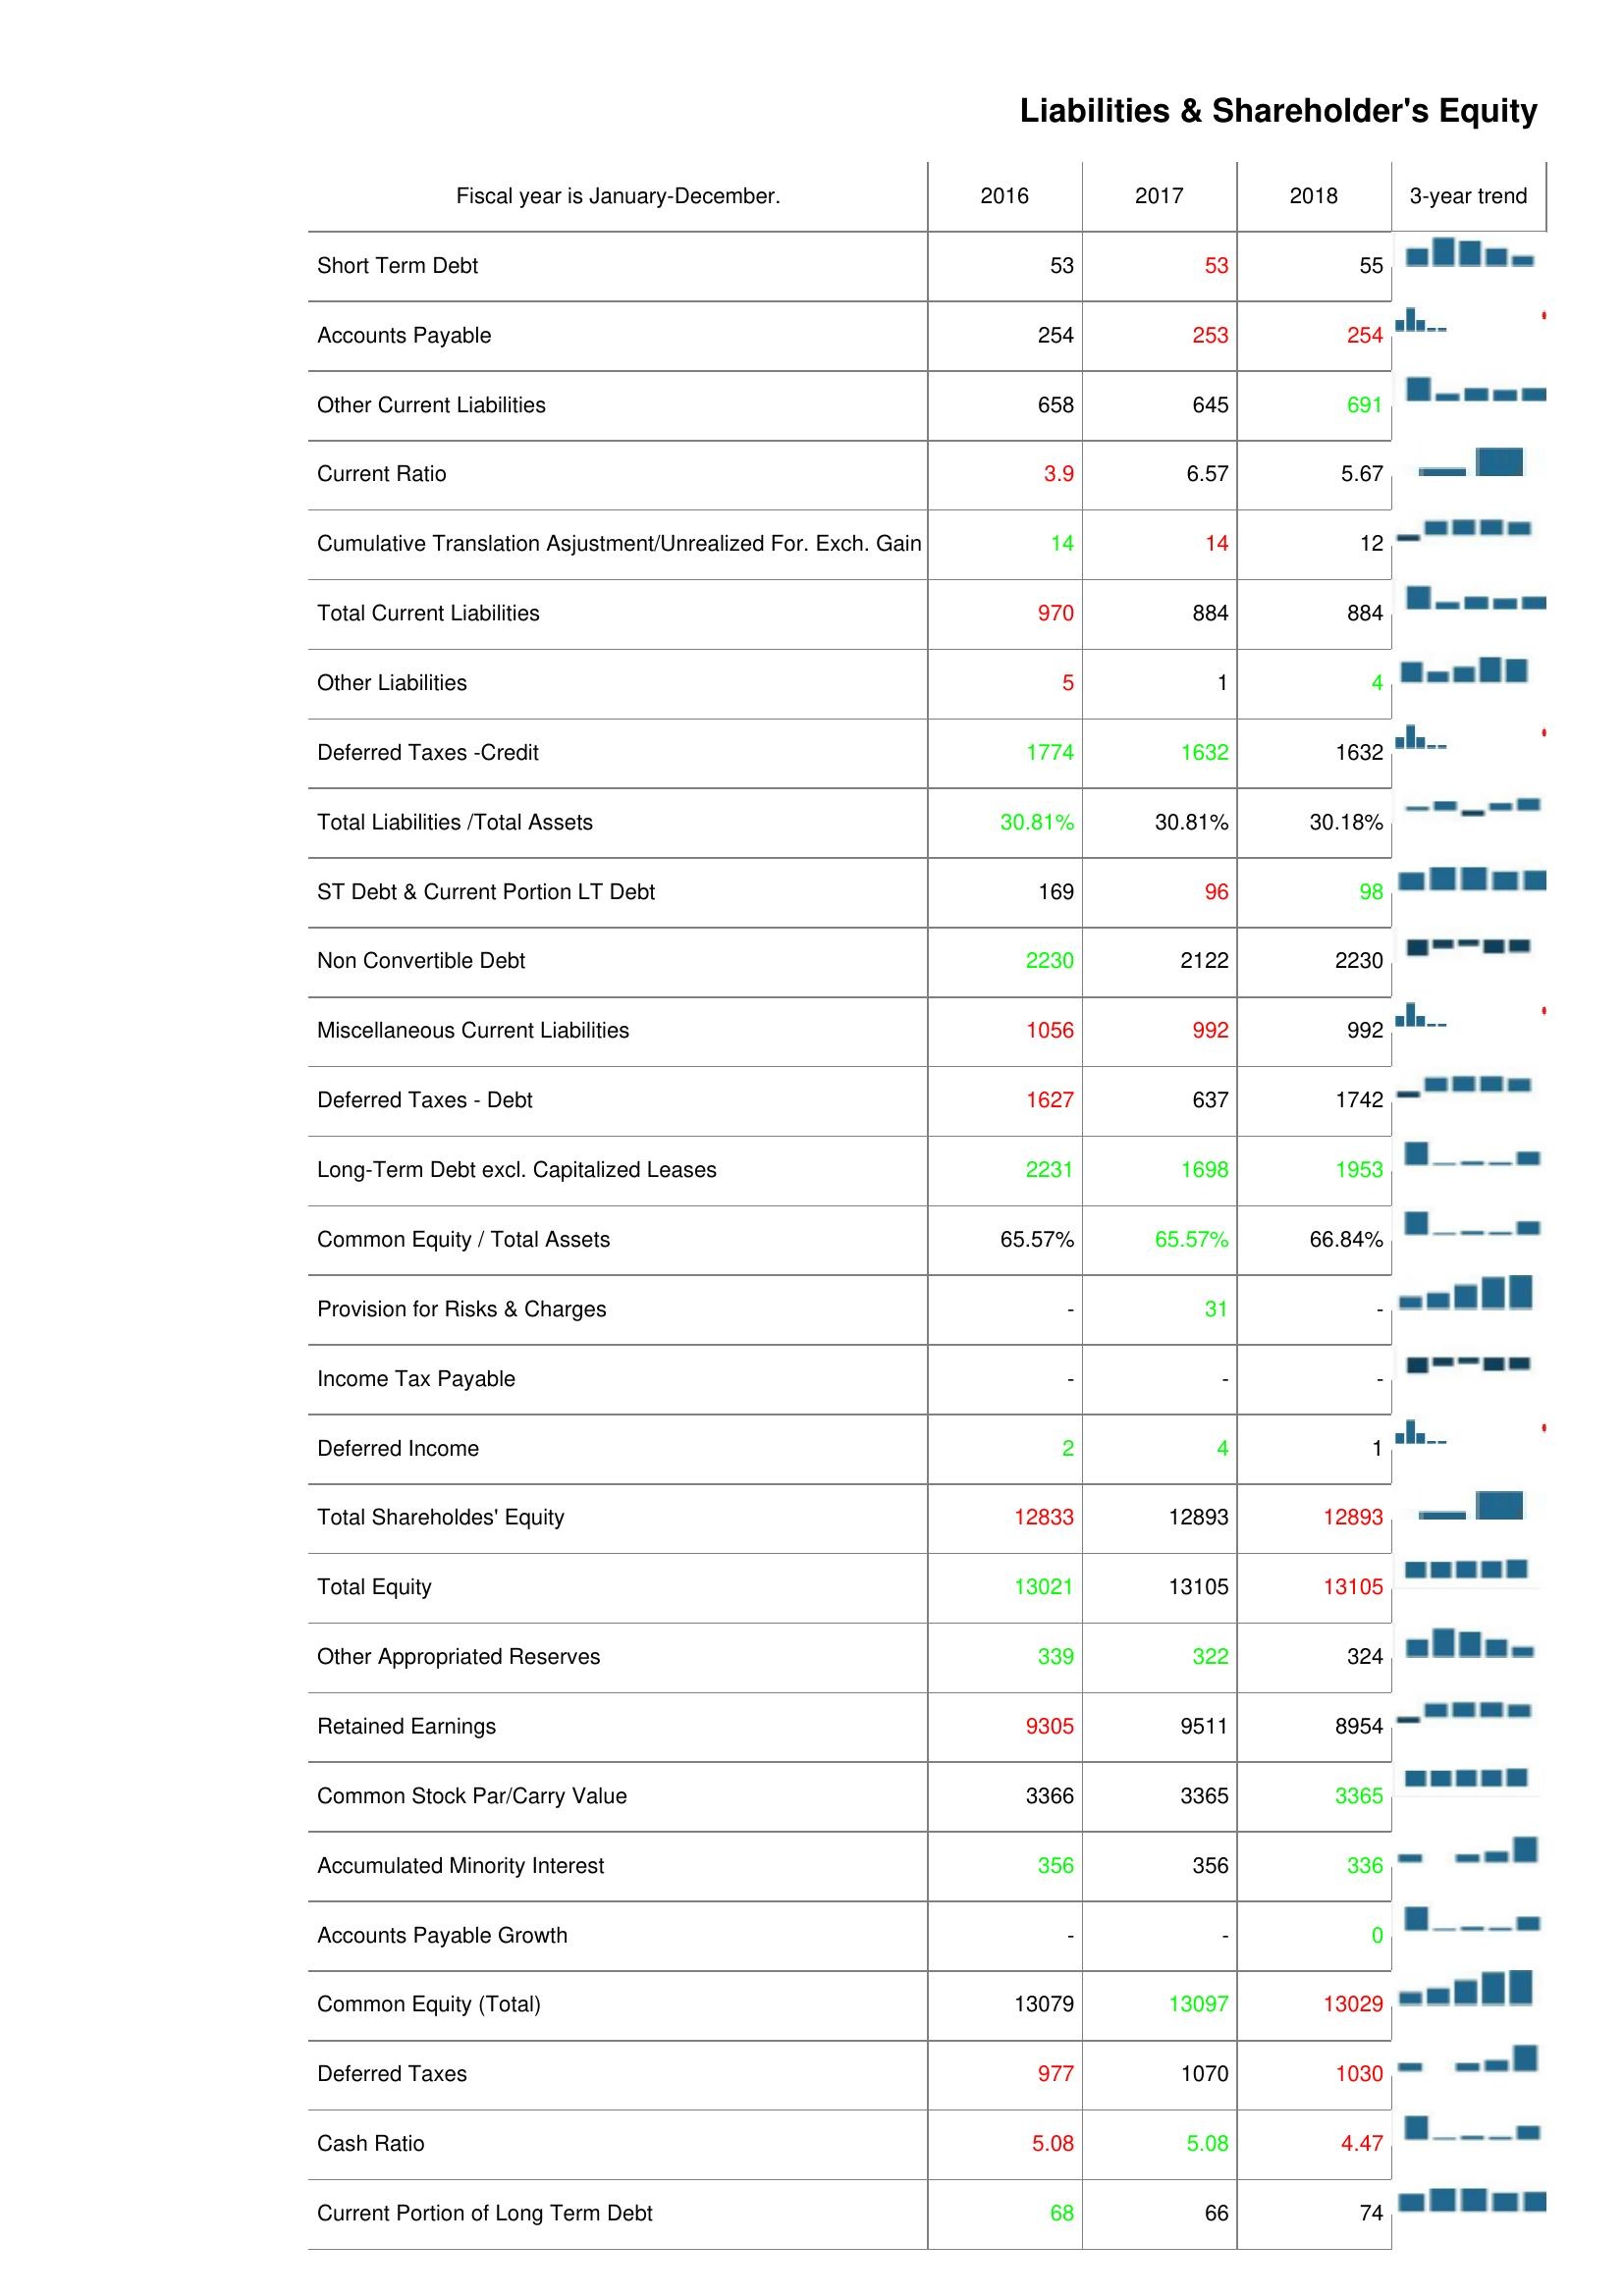
2016: Liabilities & Shareholder's Equity: Short Term Debt: 53
Accounts Payable: 254
Other Current Liabilities: 658
Current Ratio: 3.9
Cumulative Translation Asjustment/Unrealized For. Exch. Gain: 14
Total Current Liabilities: 970
Other Liabilities: 5
Deferred Taxes -Credit: 1774
Total Liabilities /Total Assets: 30.81%
ST Debt & Current Portion LT Debt: 169
Non Convertible Debt: 2230
Miscellaneous Current Liabilities: 1056
Deferred Taxes - Debt: 1627
Long-Term Debt excl. Capitalized Leases: 2231
Common Equity / Total Assets: 65.57%
Provision for Risks & Charges: -
Income Tax Payable: -
Deferred Income: 2
Total Shareholdes' Equity: 12833
Total Equity: 13021
Other Appropriated Reserves: 339
Retained Earnings: 9305
Common Stock Par/Carry Value: 3366
Accumulated Minority Interest: 356
Accounts Payable Growth: -
Common Equity (Total): 13079
Deferred Taxes: 977
Cash Ratio: 5.08
Current Portion of Long Term Debt: 68
2017: Liabilities & Shareholder's Equity: Short Term Debt: 53
Accounts Payable: 253
Other Current Liabilities: 645
Current Ratio: 6.57
Cumulative Translation Asjustment/Unrealized For. Exch. Gain: 14
Total Current Liabilities: 884
Other Liabilities: 1
Deferred Taxes -Credit: 1632
Total Liabilities /Total Assets: 30.81%
ST Debt & Current Portion LT Debt: 96
Non Convertible Debt: 2122
Miscellaneous Current Liabilities: 992
Deferred Taxes - Debt: 637
Long-Term Debt excl. Capitalized Leases: 1698
Common Equity / Total Assets: 65.57%
Provision for Risks & Charges: 31
Income Tax Payable: -
Deferred Income: 4
Total Shareholdes' Equity: 12893
Total Equity: 13105
Other Appropriated Reserves: 322
Retained Earnings: 9511
Common Stock Par/Carry Value: 3365
Accumulated Minority Interest: 356
Accounts Payable Growth: -
Common Equity (Total): 13097
Deferred Taxes: 1070
Cash Ratio: 5.08
Current Portion of Long Term Debt: 66
2018: Liabilities & Shareholder's Equity: Short Term Debt: 55
Accounts Payable: 254
Other Current Liabilities: 691
Current Ratio: 5.67
Cumulative Translation Asjustment/Unrealized For. Exch. Gain: 12
Total Current Liabilities: 884
Other Liabilities: 4
Deferred Taxes -Credit: 1632
Total Liabilities /Total Assets: 30.18%
ST Debt & Current Portion LT Debt: 98
Non Convertible Debt: 2230
Miscellaneous Current Liabilities: 992
Deferred Taxes - Debt: 1742
Long-Term Debt excl. Capitalized Leases: 1953
Common Equity / Total Assets: 66.84%
Provision for Risks & Charges: -
Income Tax Payable: -
Deferred Income: 1
Total Shareholdes' Equity: 12893
Total Equity: 13105
Other Appropriated Reserves: 324
Retained Earnings: 8954
Common Stock Par/Carry Value: 3365
Accumulated Minority Interest: 336
Accounts Payable Growth: 0
Common Equity (Total): 13029
Deferred Taxes: 1030
Cash Ratio: 4.47
Current Portion of Long Term Debt: 74